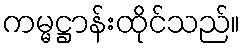
ကမ္မဋ္ဌာန်းထိုင်သည်။